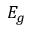
E _ { g }